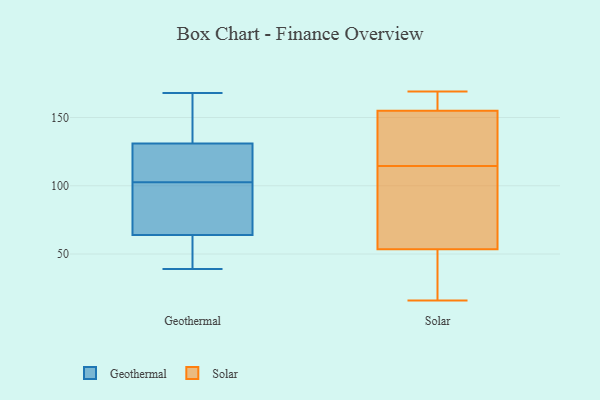
{"axis": {"x": "Headcount", "y": "Value"}, "legend": ["Geothermal", "Solar"], "data": [{"x": "", "y": 66, "type": "Geothermal"}, {"x": "", "y": 109, "type": "Geothermal"}, {"x": "", "y": 58, "type": "Geothermal"}, {"x": "", "y": 117, "type": "Geothermal"}, {"x": "", "y": 166, "type": "Geothermal"}, {"x": "", "y": 62, "type": "Geothermal"}, {"x": "", "y": 168, "type": "Geothermal"}, {"x": "", "y": 39, "type": "Geothermal"}, {"x": "", "y": 127, "type": "Geothermal"}, {"x": "", "y": 96, "type": "Geothermal"}, {"x": "", "y": 135, "type": "Geothermal"}, {"x": "", "y": 96, "type": "Geothermal"}, {"x": "", "y": 126, "type": "Solar"}, {"x": "", "y": 32, "type": "Solar"}, {"x": "", "y": 103, "type": "Solar"}, {"x": "", "y": 169, "type": "Solar"}, {"x": "", "y": 75, "type": "Solar"}, {"x": "", "y": 145, "type": "Solar"}, {"x": "", "y": 126, "type": "Solar"}, {"x": "", "y": 165, "type": "Solar"}, {"x": "", "y": 27, "type": "Solar"}, {"x": "", "y": 99, "type": "Solar"}, {"x": "", "y": 169, "type": "Solar"}, {"x": "", "y": 16, "type": "Solar"}]}